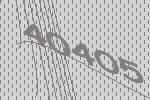
40405